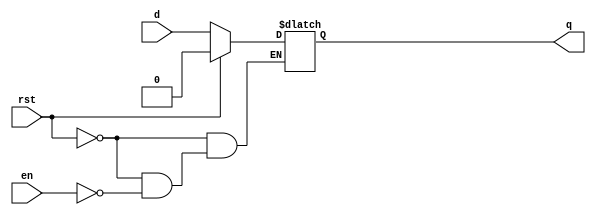
// This program was cloned from: https://github.com/paollacq/Verilog
// License: MIT License

/**************************************************
P1.1 D-LATCH BEHAVIORAL WITH ASYNC RESET
************************************************/

module dlatch_bh(q,d,en,rst);

	input en,d,rst;
	output reg q;

	always@(en,q,rst)
	if(rst)
		q = 1'b0;
	else if(en) q=d;

endmodule